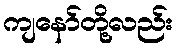
ကျနော်တို့လည်း